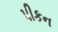
પીકન